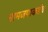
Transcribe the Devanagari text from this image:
नामजपाकडेच